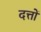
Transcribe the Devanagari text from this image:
दत्तों